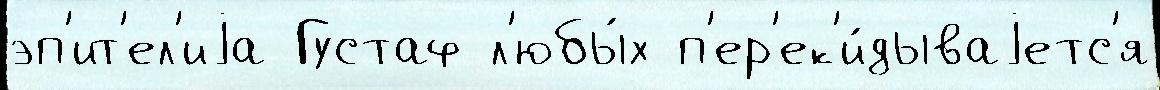
эп'ит'ел'иjа Густаф л'юбы́х п'ер'ек'и́дываjетс'я